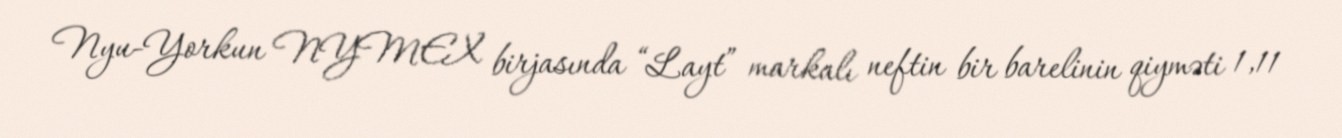
Nyu-Yorkun NYMEX birjasında “Layt” markalı neftin bir barelinin qiyməti 1,11